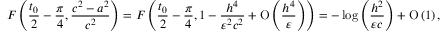
F \left( \frac { t _ { 0 } } { 2 } - \frac { \pi } { 4 } , \frac { c ^ { 2 } - a ^ { 2 } } { c ^ { 2 } } \right) = F \left( \frac { t _ { 0 } } { 2 } - \frac { \pi } { 4 } , 1 - \frac { h ^ { 4 } } { \varepsilon ^ { 2 } c ^ { 2 } } + \ensuremath { \operatorname { O } \left( \frac { h ^ { 4 } } { \varepsilon } \right) } \right) = - \log { \left( \frac { h ^ { 2 } } { \varepsilon c } \right) } + \ensuremath { \operatorname { O } \left( 1 \right) } ,